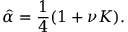
\hat { \alpha } = \frac { 1 } { 4 } ( 1 + \nu K ) .